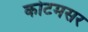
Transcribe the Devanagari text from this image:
कोटमसर